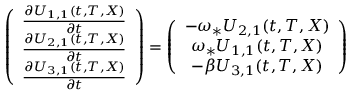
\begin{array} { r } { \left( \begin{array} { c } { \frac { \partial U _ { 1 , 1 } ( t , T , X ) } { \partial t } } \\ { \frac { \partial U _ { 2 , 1 } ( t , T , X ) } { \partial t } } \\ { \frac { \partial U _ { 3 , 1 } ( t , T , X ) } { \partial t } } \end{array} \right) = \left( \begin{array} { c } { - \omega _ { * } U _ { 2 , 1 } ( t , T , X ) } \\ { \omega _ { * } U _ { 1 , 1 } ( t , T , X ) } \\ { - \beta U _ { 3 , 1 } ( t , T , X ) } \end{array} \right) } \end{array}